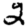
Digit: 2